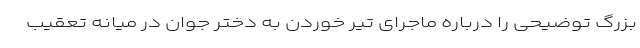
بزرگ توضیحی را درباره ماجرای تیر خوردن به دختر جوان در میانه تعقیب